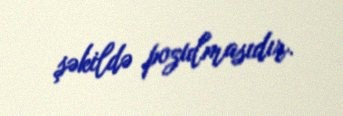
şəkildə pozulmasıdır.